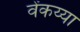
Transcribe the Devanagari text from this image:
वेंकय्या